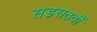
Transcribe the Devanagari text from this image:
सड़सठवीं